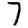
Digit: 7